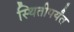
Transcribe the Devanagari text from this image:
स्थितीपर्यंत